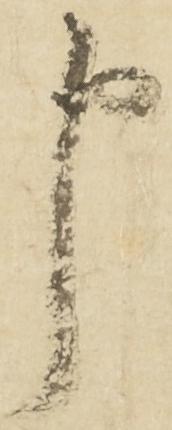
申